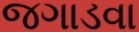
જગાડવા